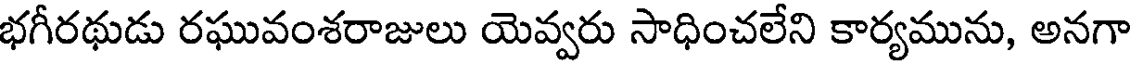
భగీరథుడు రఘువంశరాజులు యెవ్వరు సాధించలేని కార్యమును, అనగా